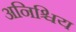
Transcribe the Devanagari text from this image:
अनिश्चिय